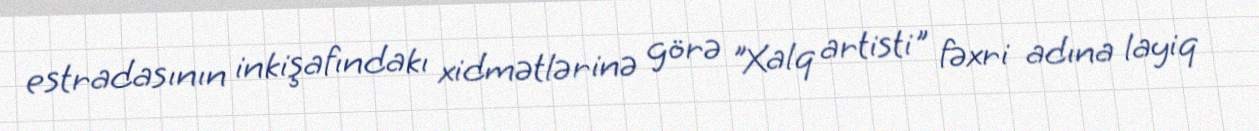
estradasının inkişafındakı xidmətlərinə görə "Xalq artisti" fəxri adına layiq